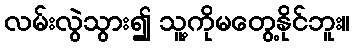
လမ်းလွဲသွား၍ သူ့ကိုမတွေ့နိုင်ဘူး။